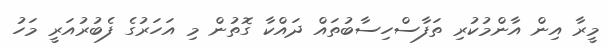
މީރާ އިން އާންމުކުރި ތަފާސްހިސާބުތައް ދައްކާ ގޮތުން މި އަހަރުގެ ފެބުރުއަރީ މަހު